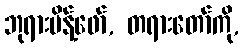
ဘုရားမိန့်ဖော်, တရားတော်ကို,